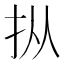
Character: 𪭢